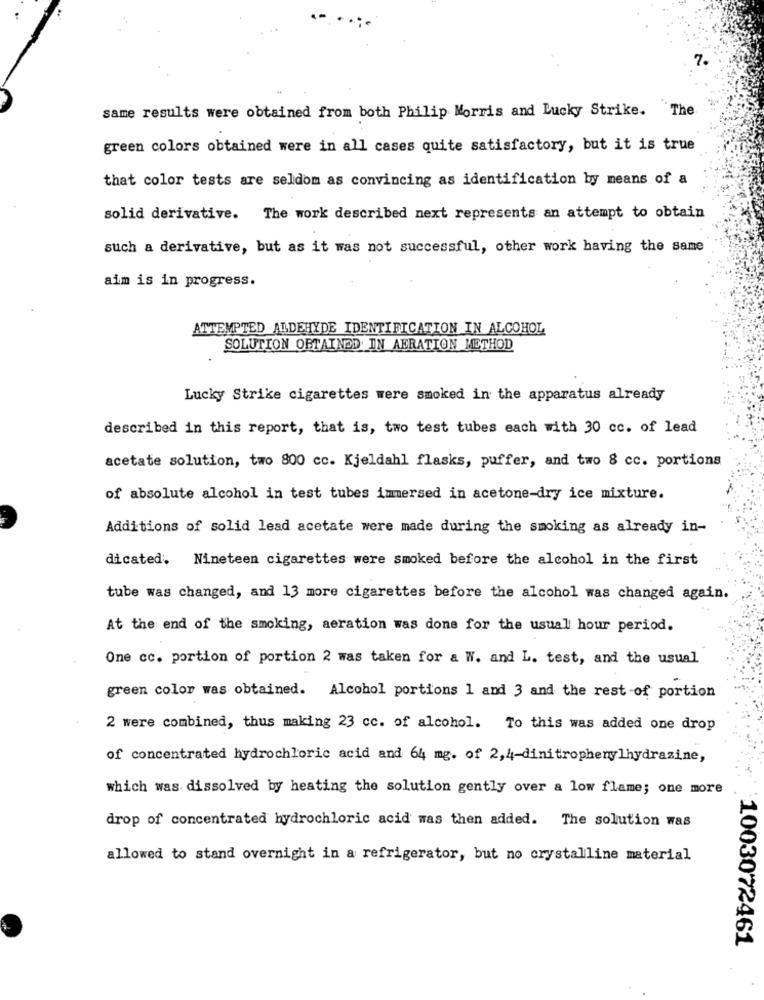
same results were obtained from both Philip Morris and Lucky Strike. The
green colors obtained were in all cases quite satisfactory, but it is true
that color tests are seldom as convincing as identification by means of a
solid derivative. The work described next represents an attempt to obtain
such a derivative, but as it was not successful, other work having the same
aim is in progress.
ATTEMPTED ALDEHYDE IDENTIFICATION IN ALCOHOL
SOLUTION OBTAINED IN AERATION METHOD
Lucky Strike cigarettes were smoked in the apparatus already
described in this report, that is, two test tubes each with 30 cc. of lead
acetate solution, two 800 cc. Kjeldahl flasks, puffer, and two 8 cc. portions
of absolute alcohol in test tubes immersed in acetone-dry ice mixture.
Additions of solid lead acetate were made during the smoking as already in-
dicated. Nineteen cigarettes were smoked before the alcohol in the first
tube was changed, and 13 more cigarettes before the alcohol was changed again.
At the end of the smoking, aeration was done for the usual hour period.
One cc. portion of portion 2 was taken for a W. and L. test, and the usual
green color was obtained. Alcohol portions 1 and 3 and the rest of portion
2 were combined, thus making 23 cc. of alcohol. To this was added one drop
of concentrated hydrochloric acid and 64 mg. of 2,4-dinitrophenylhydrazine,
which was dissolved by heating the solution gently over a low flame; one more
drop of concentrated hydrochloric acid was then added. The solution was
allowed to stand overnight in a refrigerator, but no crystalline material
1003072461